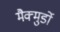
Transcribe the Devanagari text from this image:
मैक्मुर्डो